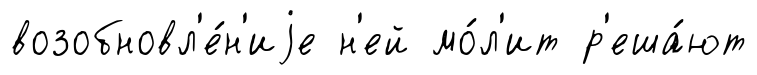
возобновл'е́н'иjе н'ей мо́л'ит р'еша́ют